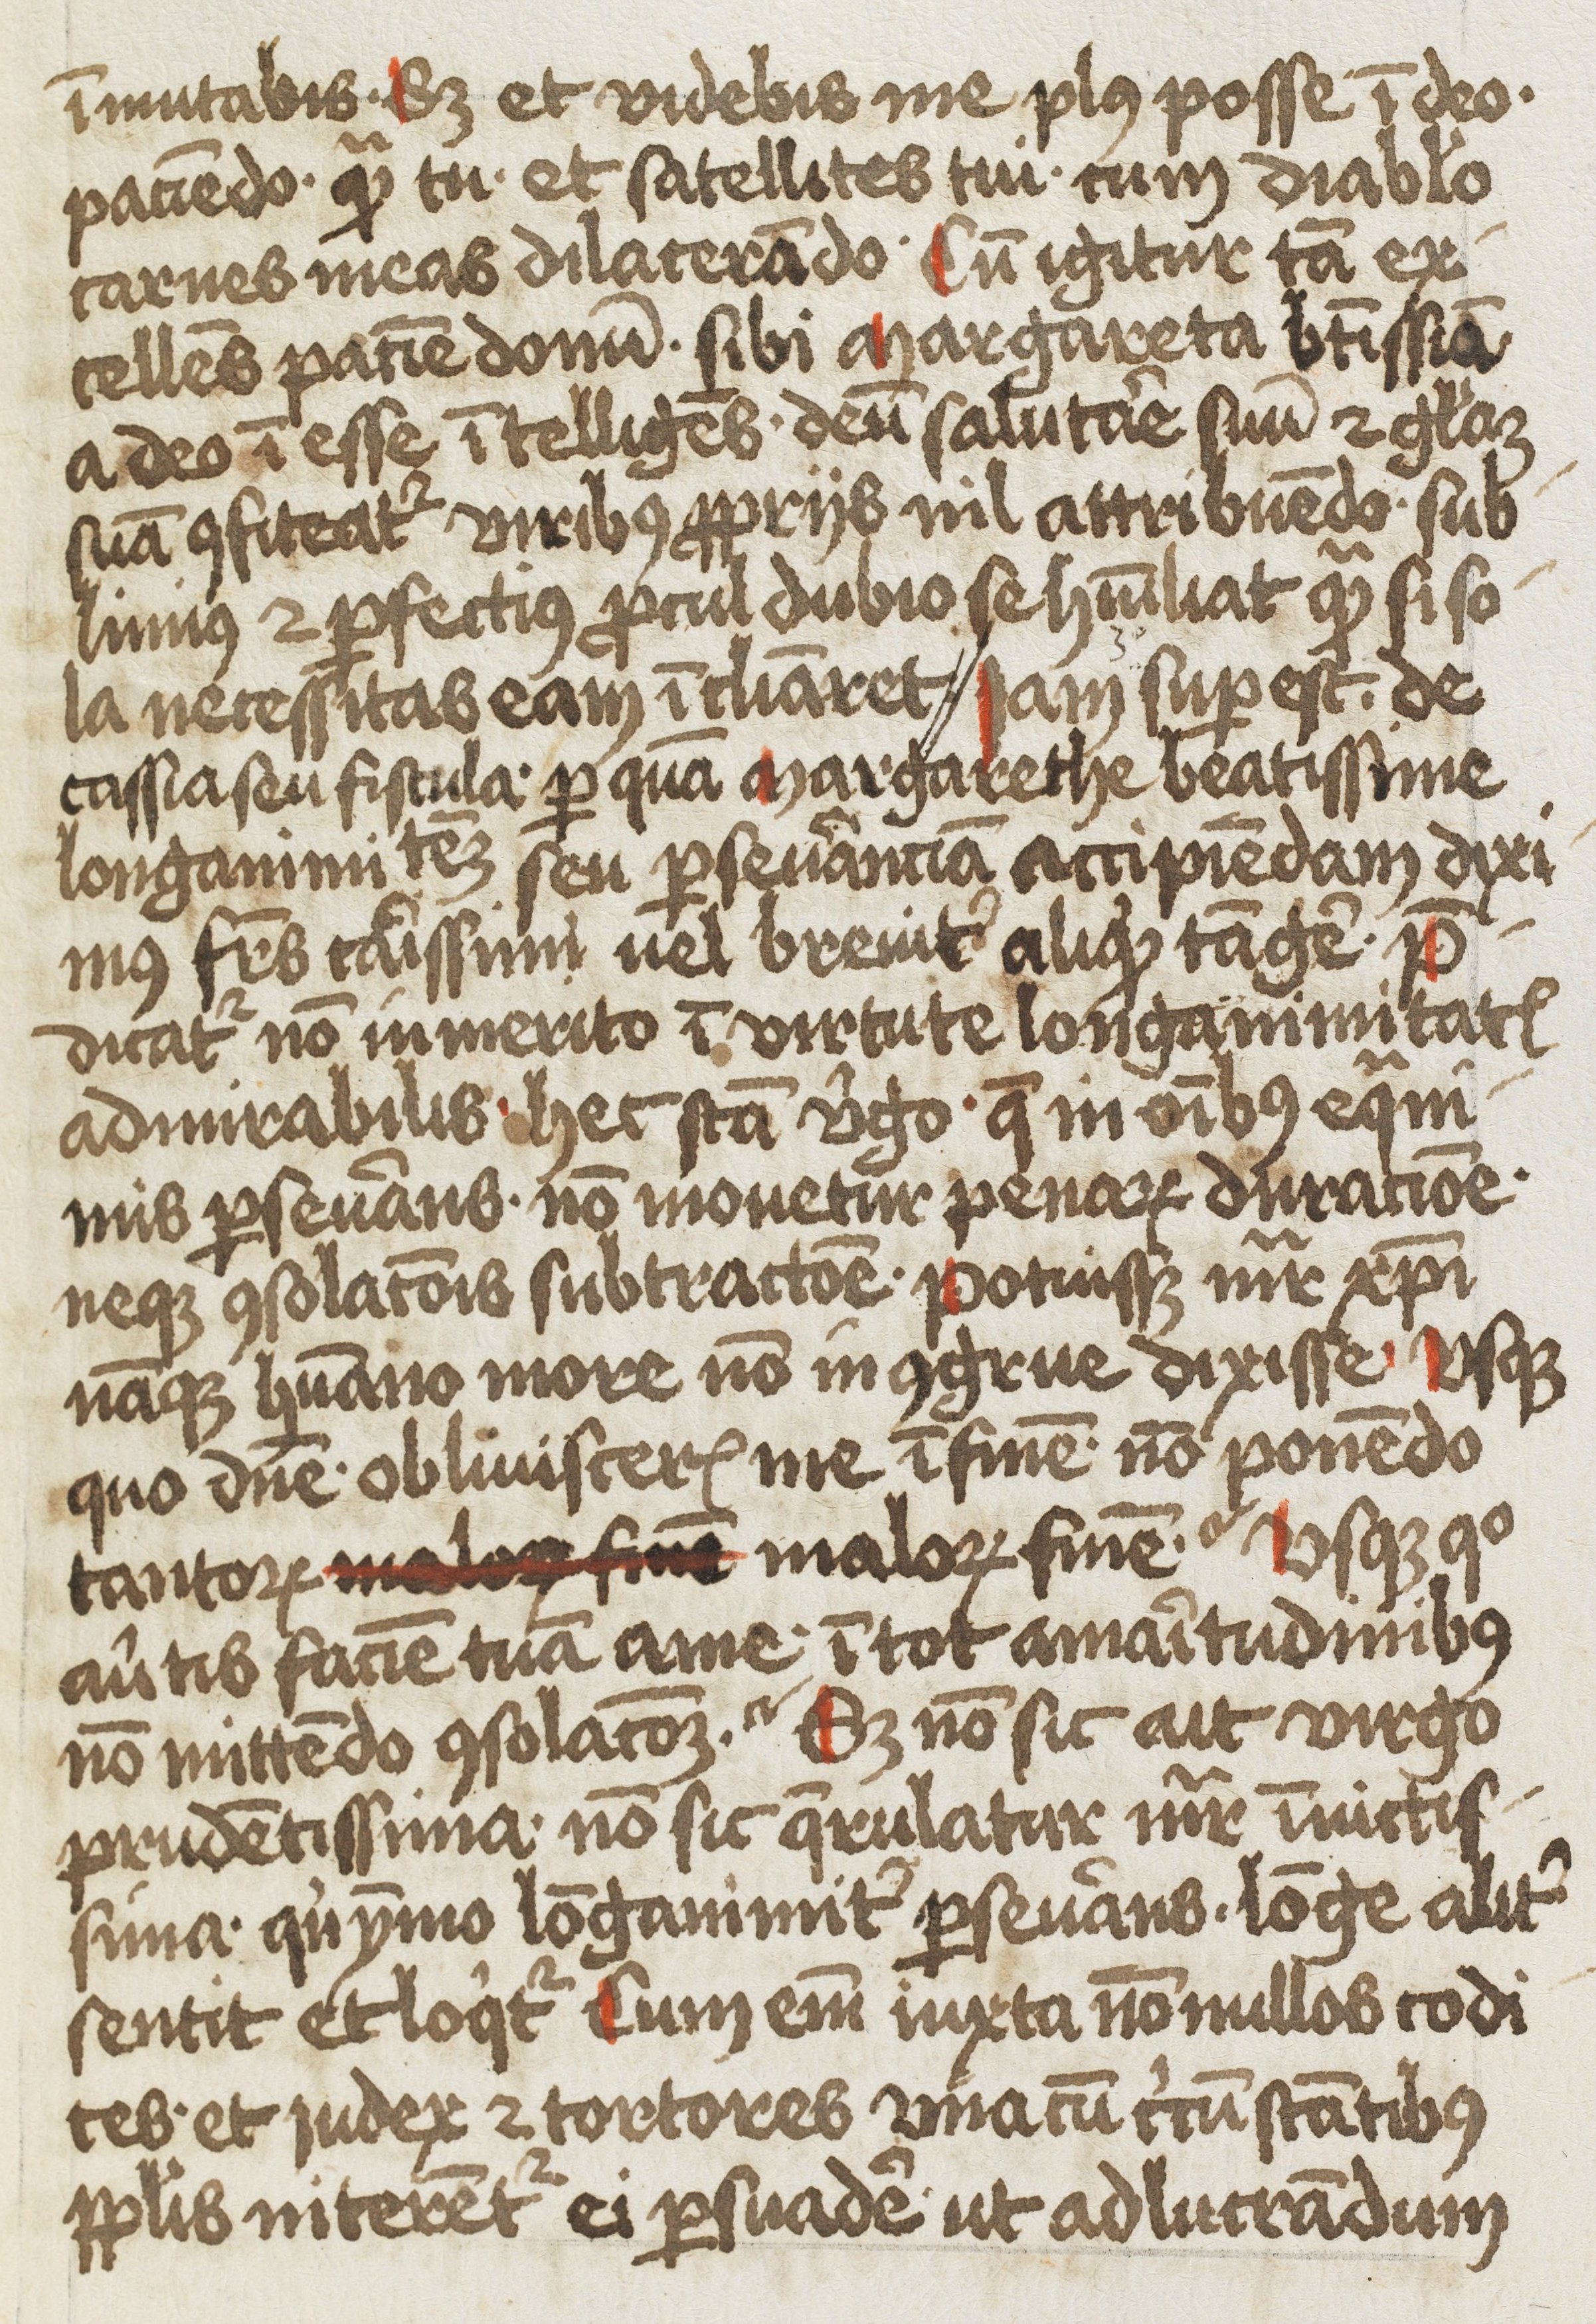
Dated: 1450–1499